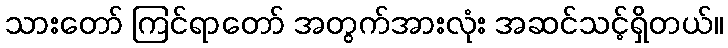
သားတော် ကြင်ရာတော် အတွက်အားလုံး အဆင်သင့်ရှိတယ်။